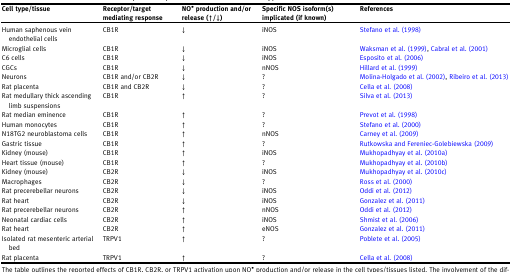
| Cell type/tissue | Receptor/target mediating response | NO• production and/or release (↑/↓) | Specific NOS isoform(s) implicated (if known) | References |
 | --- | --- | --- | --- | --- |
 | Human saphenous vein endothelial cells | CB1R | ↓ | iNOS | Stefano et al. (1998) |
 | Microglial cells | CB1R | ↓ | iNOS | Waksman et al. (1999), Cabral et al. (2001) |
 | C6 cells | CB1R | ↓ | iNOS | Esposito et al. (2006) |
 | CGCs | CB1R | ↓ | nNOS | Hillard et al. (1999) |
 | Neurons | CB1R and/or CB2R | ↓ | ? | Molina-Holgado et al. (2002), Ribeiro et al. (2013) |
 | Rat placenta | CB1R and CB2R | ↓ | ? | Cella et al. (2008) |
 | Rat medullary thick ascending limb suspensions | CB1R | ↑ | ? | Silva et al. (2013) |
 | Rat median eminence | CB1R | ↑ | ? | Prevot et al. (1998) |
 | Human monocytes | CB1R | ↑ | ? | Stefano et al. (2000) |
 | N18TG2 neuroblastoma cells | CB1R | ↑ | nNOS | Carney et al. (2009) |
 | Gastric tissue | CB1R | ↑ | ? | Rutkowska and Fereniec-Golebiewska (2009) |
 | Kidney (mouse) | CB1R | ↑ | iNOS | Mukhopadhyay et al. (2010a) |
 | Heart tissue (mouse) | CB1R | ↑ | ? | Mukhopadhyay et al. (2010b) |
 | Kidney (mouse) | CB2R | ↓ | iNOS | Mukhopadhyay et al. (2010c) |
 | Macrophages | CB2R | ↓ | ? | Ross et al. (2000) |
 | Rat precerebellar neurons | CB2R | ↓ | iNOS | Oddi et al. (2012) |
 | Rat heart | CB2R | ↓ | iNOS | Gonzalez et al. (2011) |
 | Rat precerebellar neurons | CB2R | ↑ | nNOS | Oddi et al. (2012) |
 | Neonatal cardiac cells | CB2R | ↑ | iNOS | Shmist et al. (2006) |
 | Rat heart | CB2R | ↑ | eNOS | Gonzalez et al. (2011) |
 | Isolated rat mesenteric arterial bed | TRPV1 | ↑ | ? | Poblete et al. (2005) |
 | Rat placenta | TRPV1 | ↑ | ? | Cella et al. (2008) |